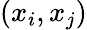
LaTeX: (x_{i},x_{j})